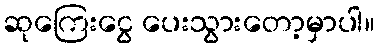
ဆုကြေးငွေ ပေးသွားတော့မှာပါ။